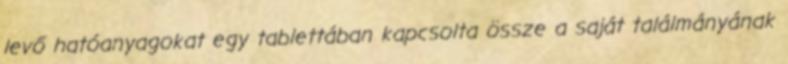
levő hatóanyagokat egy tablettában kapcsolta össze a saját találmányának